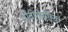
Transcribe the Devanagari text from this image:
नोवोरोसीस्क